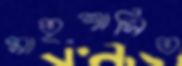
মাতৃশাসিত